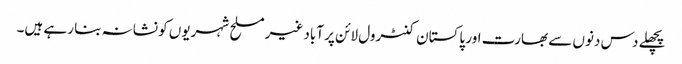
پچھلے دس دنوں سے بھارت اور پاکستان کنٹرول لائن پر آباد غیر مسلح شہریوں کو نشانہ بنا رہے ہیں۔